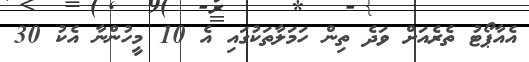
އެއާޕޯޓު ތެރެއަށް ވަދެ ތިިން ހަމަލާތަކުގައި އެ 10 މީހުންނާ އެކު 30